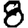
Digit: 8